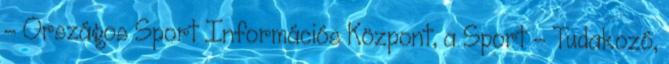
- Országos Sport Információs Központ, a Sport - Tudakozó,